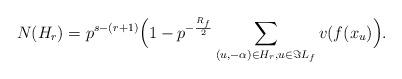
LaTeX: \begin{align*}N(H_r)=p^{s-(r+1)}\Big(1-p^{-\frac{R_f}{2}}\sum\limits_{(u,-\alpha)\in H_{r},u\in\Im L_f}v(f(x_{u})\Big). \end{align*}